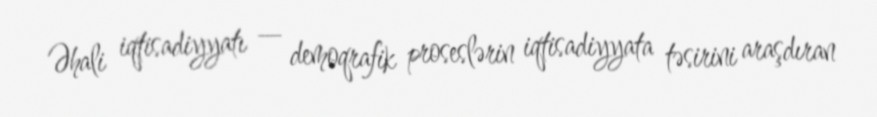
Əhali iqtisadiyyatı — demoqrafik proseslərin iqtisadiyyata təsirini araşdıran